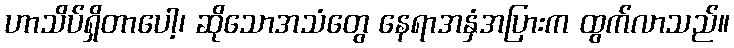
ဟာသိပ်ရှိတာပေါ့၊ ဆိုသောအသံတွေ နေရာအနှံအပြားက ထွက်လာသည်။